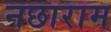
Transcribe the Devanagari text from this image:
नछाराम